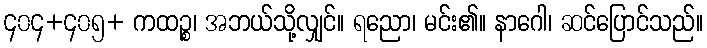
၄၀၄+၄၀၅+ ကထဉ္စ၊ အဘယ်သို့လျှင်။ ရညော၊ မင်း၏။ နာဂေါ၊ ဆင်ပြောင်သည်။